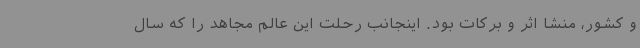
و کشور، منشا اثر و برکات بود. اینجانب رحلت این عالم مجاهد را که سال